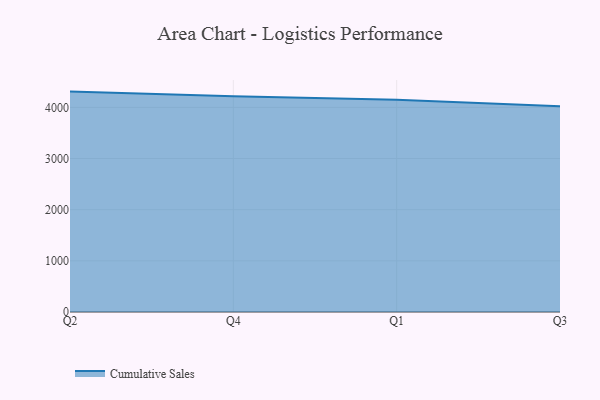
{"axis": {"x": "Quarter", "y": "Latency (ms)"}, "legend": ["Cumulative Sales"], "data": [{"x": "Q2", "y": 4308.2, "type": "Cumulative Sales"}, {"x": "Q4", "y": 4215.7, "type": "Cumulative Sales"}, {"x": "Q1", "y": 4148.0, "type": "Cumulative Sales"}, {"x": "Q3", "y": 4019.9, "type": "Cumulative Sales"}]}